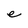
Character: e